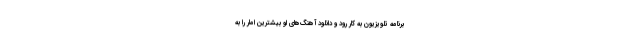
برنامه تلویزیون به کار رود و دانلود آهنگ‌های او بیشترین امار را به